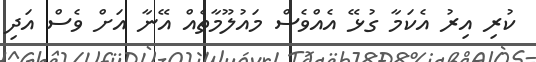
ކުރި އިރު އެކަމާ ގުޅޭ އެއްވެސް މައުލޫމާތެއް އޭނާ އަށް ވެސް އަދި